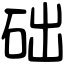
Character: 础